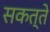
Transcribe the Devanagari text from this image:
सकत्ते